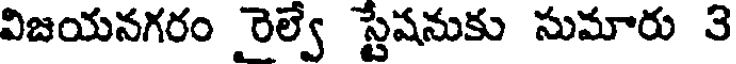
విజయనగరం రెల్వే స్టేషనుకు సుమారు 3